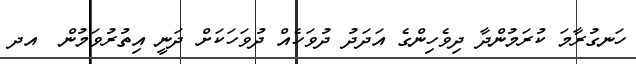
ހަނގުރާމަ ކުރަމުންދާ ދިވެހިންގެ އަދަދު ދުވަހެއް ދުވަހަކަށް ދަނީ އިތުރުވަމުން  އދ